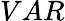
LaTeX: VAR